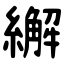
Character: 繲